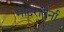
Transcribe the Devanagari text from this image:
मोदेरातेर्ना